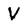
Character: V